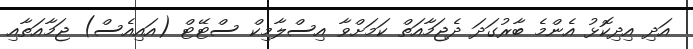
އަދިި އިދިކޮޅު އެންމެ ބާރުގަދަ ދެޖަމާއަތް ކަމަށްވާ އިސްލާމިކް ސްޓޭޓް (އައިއެސް) ޖަމާއަތާއި